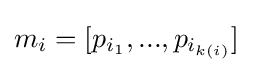
m_{i}=[p_{i_{1}},...,p_{i_{k(i)}}]